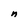
Character: n